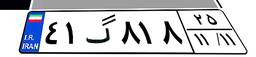
۴۱گ۸۱۸۲۵